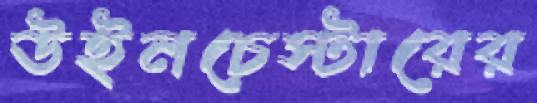
উইনচেস্টারের